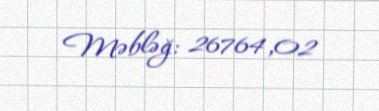
Məbləğ: 26764,02